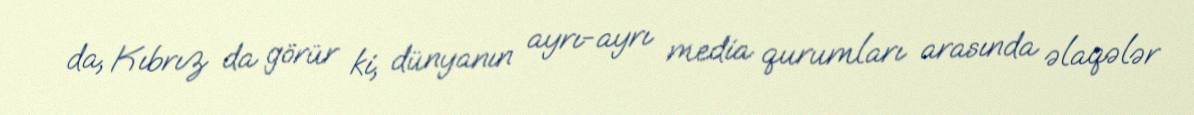
da, Kıbrız da görür ki, dünyanın ayrı-ayrı media qurumları arasında əlaqələr